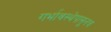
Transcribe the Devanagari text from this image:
गर्भावस्थेपासूनच